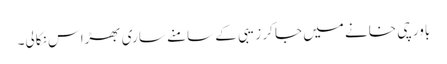
باورچی خانے میں جا کر زیبی کے سامنے ساری بھڑاس نکالی۔